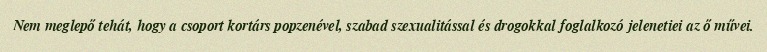
Nem meglepő tehát, hogy a csoport kortárs popzenével, szabad szexualitással és drogokkal foglalkozó jelenetiei az ő művei.